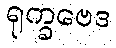
ရုက္ခဗေဒ